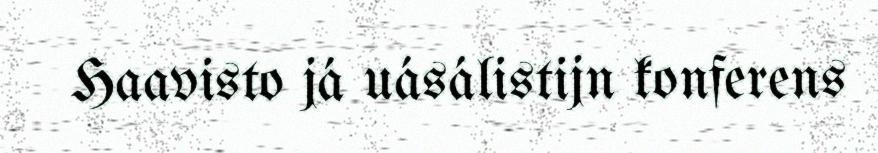
Haavisto já uásálistijn konferens